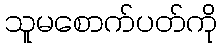
သူမစောက်ပတ်ကို